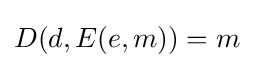
D(d,E(e,m))=m